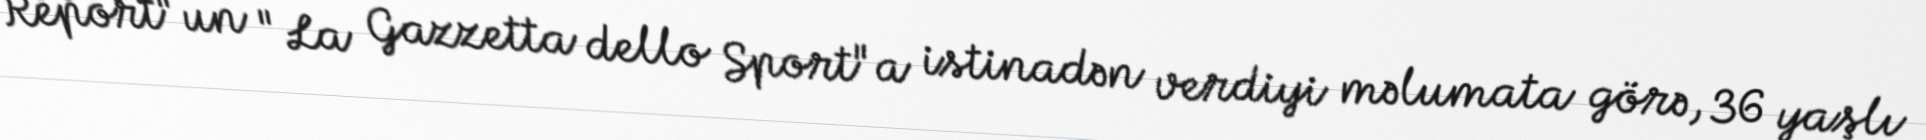
Report"un "La Gazzetta dello Sport"a istinadən verdiyi məlumata görə, 36 yaşlı